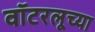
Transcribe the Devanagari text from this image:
वॉटरलूच्या